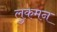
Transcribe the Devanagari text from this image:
लुकमन